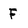
Character: F